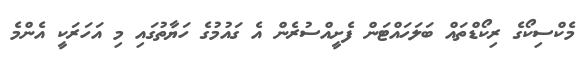
މެކްސިކޯގެ ރިކޯޑްތައް ބަލަހައްޓަން ފެށީއްސުރެން އެ ގައުމުގެ ހަޔާތުގައި މި އަހަރަކީ އެންމެ